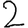
Digit: 2